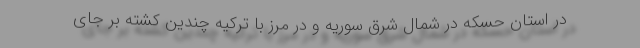
در استان حسکه در شمال شرق سوریه و در مرز با ترکیه چندین کشته بر جای